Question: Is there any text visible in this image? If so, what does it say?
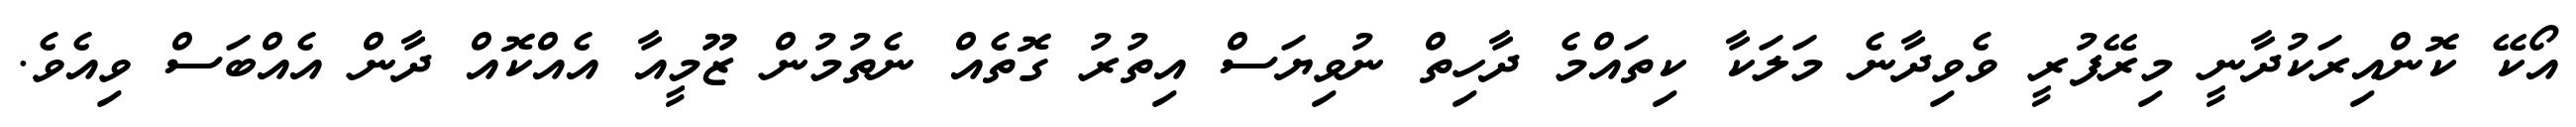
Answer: އޯކޭ ކޮންއިރަކުދާނީ މިރޭފުރީ ވެވިދާނެ މަލަކާ ކިތައްމެ ދާހިތް ނުވިޔަސް އިތުރު ގޮތެއް ނެތުމުން ޒޫމީއާ އެއްކޮއް ދާން އެއްބަސް ވިއެވެ.